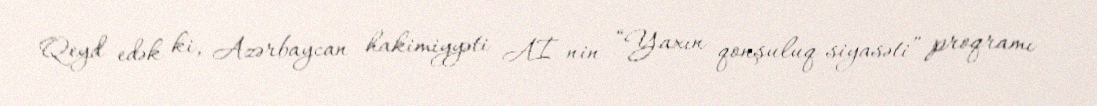
Qeyd edək ki, Azərbaycan hakimiyyəti Aİ-nin “Yaxın qonşuluq siyasəti” proqramı